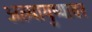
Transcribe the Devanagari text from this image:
अल्पायुष्यावर